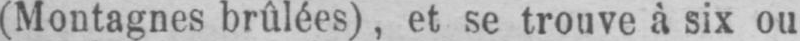
(Montagnes brûlées), et se trouve à six ou